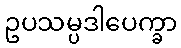
ဥပသမ္ပဒါပေက္ခာ